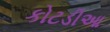
કોટડીઆ